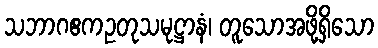
သဘာဂဧကဥတုသမုဋ္ဌာနံ၊ တူသောအဖို့ရှိသော